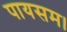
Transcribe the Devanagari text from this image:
पायसम।